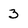
Character: 3